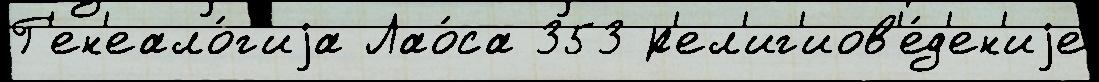
Г'ен'еало́г'иjа Лао́са 353 р'ел'иг'иов'е́д'ен'иjе